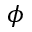
\phi